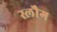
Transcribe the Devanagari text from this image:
स्लौग